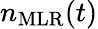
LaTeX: n_{\mathrm{MLR}}(t)